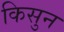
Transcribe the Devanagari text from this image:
किसुन